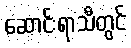
ဆောင်းရာသီတွင်